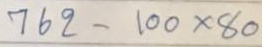
762 - 100 x 80